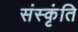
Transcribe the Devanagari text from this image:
संस्कृंति